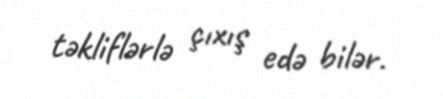
təkliflərlə çıxış edə bilər.